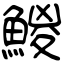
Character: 鯼